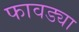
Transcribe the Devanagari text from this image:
फावड्या